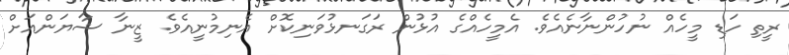
ރީތި ހަޑި މީހެއް ނުހުންނާނެއެވެ. އެމީހެއްގެ އުޅުން ރަގަނޅުވަނިކޮށް އެނިމުނީއެވެ. ޒީނާ ޝާޔަންއަށް